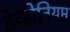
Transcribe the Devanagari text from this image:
डेव्होनियम